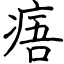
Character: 痦